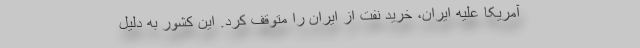
آمریکا علیه ایران، خرید نفت از ایران را متوقف کرد. این کشور به دلیل